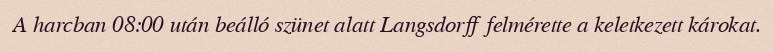
A harcban 08:00 után beálló szünet alatt Langsdorff felmérette a keletkezett károkat.